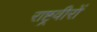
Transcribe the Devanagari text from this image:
राष्ट्रवीरों